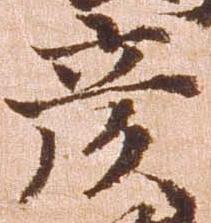
彦